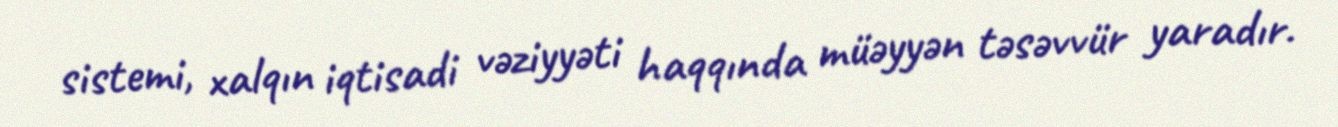
sistemi, xalqın iqtisadi vəziyyəti haqqında müəyyən təsəvvür yaradır.